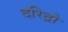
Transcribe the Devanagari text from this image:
दरिद्रो